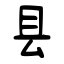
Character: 县